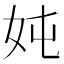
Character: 𮰹